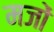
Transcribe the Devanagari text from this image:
मजों